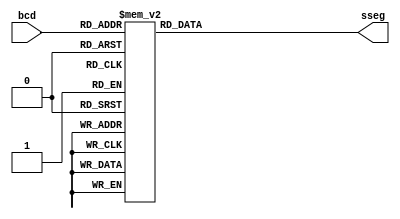
`timescale 1ns / 1ps
//////////////////////////////////////////////////////////////////////////////////
// Company: 
// Engineer: 
// 
// Design Name: 
// Module Name:    bcd2sseg 
// Project Name: 
// Target Devices: 
// Tool versions: 
// Description: 
//
// Dependencies: 
//
// Revision: 
// Revision 0.01 - File Created
// Additional Comments: 
//
// SW3-0: B4, K3, L3, P11
// a-g,dp: L14, H12, N14, N11, P12, L13, M12, N13
// dgt3-0: F12, J12, M13, K12
//////////////////////////////////////////////////////////////////////////////////
module bcd2sseg(
    output reg[6:0] sseg,
    input [3:0] bcd
    );

	always @(bcd)
		case (bcd)
		// x: a b c d e f g
		0: sseg = 7'b1111110;
		1: sseg = 7'b0110000;
		2: sseg = 7'b1101101;	
		3: sseg = 7'b1111001;
		4: sseg = 7'b0110011;
		5: sseg = 7'b1011011;
		6: sseg = 7'b1011111;
		7: sseg = 7'b1110000;
		8: sseg = 7'b1111111;
		9: sseg = 7'b1111011;
		10: sseg = 7'b1110111;  // a
		11: sseg = 7'b0011111;  // b
		12: sseg = 7'b0001101;  // c
		13: sseg = 7'b0111101;  // d
		14: sseg = 7'b1001111;  // e	
		15: sseg = 7'b1000111;  // f
		default: sseg = 7'b0000000;
		endcase

endmodule